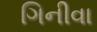
ગિનીવા